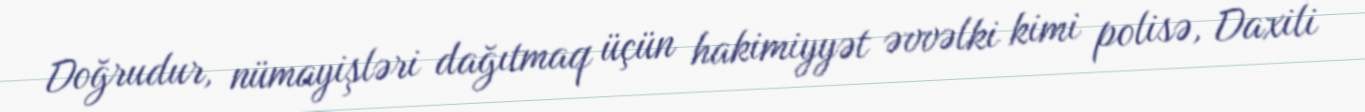
Doğrudur, nümayişləri dağıtmaq üçün hakimiyyət əvvəlki kimi polisə, Daxili